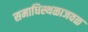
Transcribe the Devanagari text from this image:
समाधिस्थळाजवळ